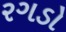
રગડો